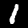
Label: 1